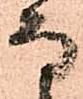
な